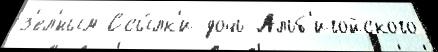
з'ел'́ным Ссы́лк'и дочь Альб'игойского